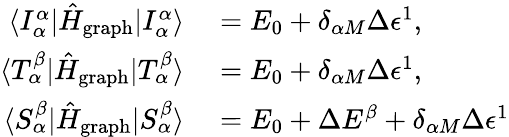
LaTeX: \begin{array}{rl}{\langle I_{\alpha}^{\alpha}|\hat{H}_{\mathrm{graph}}|I_{\alpha}^{\alpha}\rangle}&{{}=E_{0}+\delta_{\alpha M}\Delta\epsilon^{1},}\\ {\langle T_{\alpha}^{\beta}|\hat{H}_{\mathrm{graph}}|T_{\alpha}^{\beta}\rangle}&{{}=E_{0}+\delta_{\alpha M}\Delta\epsilon^{1},}\\ {\langle S_{\alpha}^{\beta}|\hat{H}_{\mathrm{graph}}|S_{\alpha}^{\beta}\rangle}&{{}=E_{0}+\Delta E^{\beta}+\delta_{\alpha M}\Delta\epsilon^{1}}\end{array}